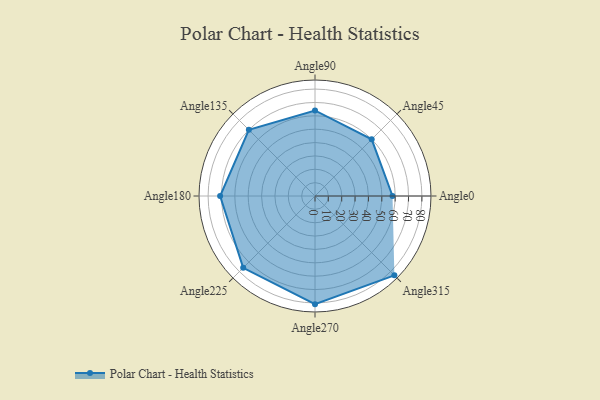
{"axis": {"x": "Angle", "y": "Radius"}, "legend": [""], "data": [{"x": "Angle0", "y": 58.0, "type": ""}, {"x": "Angle45", "y": 60.0, "type": ""}, {"x": "Angle90", "y": 64.0, "type": ""}, {"x": "Angle135", "y": 70.0, "type": ""}, {"x": "Angle180", "y": 71.0, "type": ""}, {"x": "Angle225", "y": 76.0, "type": ""}, {"x": "Angle270", "y": 81.0, "type": ""}, {"x": "Angle315", "y": 84.0, "type": ""}]}